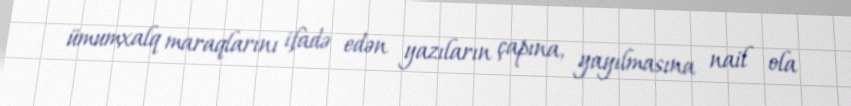
ümumxalq maraqlarını ifadə edən yazıların çapına, yayılmasına nail ola